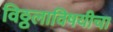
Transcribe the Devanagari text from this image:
विठ्ठलाविषयीचा